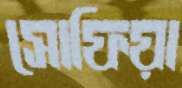
সোফিয়া